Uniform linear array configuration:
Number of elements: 12
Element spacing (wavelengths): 0.25
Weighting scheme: hann
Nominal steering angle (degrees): -15
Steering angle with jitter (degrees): -15.685
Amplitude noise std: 0.05
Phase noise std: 0.05

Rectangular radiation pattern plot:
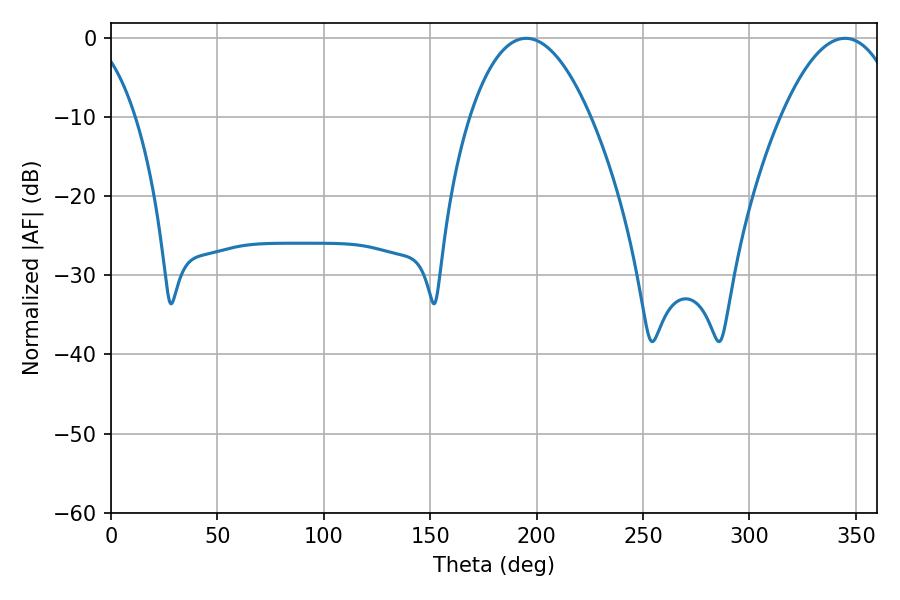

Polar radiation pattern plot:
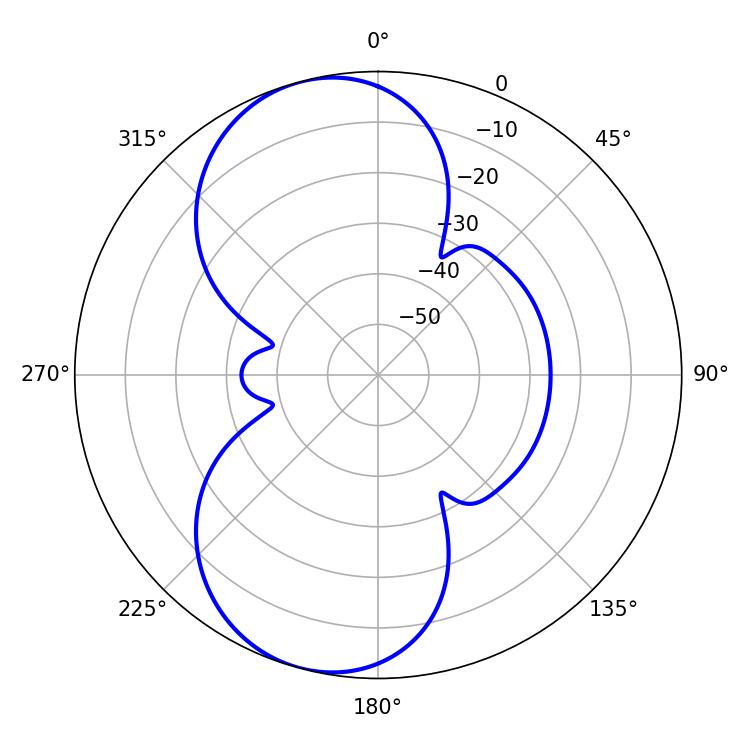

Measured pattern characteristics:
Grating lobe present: FALSE
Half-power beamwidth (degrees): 31.32
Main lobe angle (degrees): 195.12